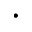
\cdot